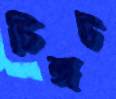
চিঙ্গট